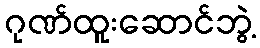
ဂုဏ်ထူးဆောင်ဘွဲ့